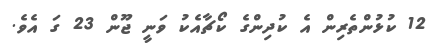
12 ކުޅުންތެރިން އެ ކުދިންގެ ކޯޗާއެކު ވަނީ ޖޫން 23 ގަ އެވެ.